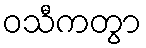
ဝသီကတွာ